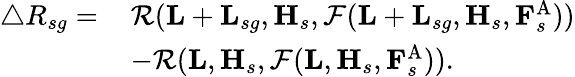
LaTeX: \begin{array}{rl}{\triangle R_{sg}=\, }&{\mathcal{R}(\mathbf{L}+\mathbf{L}_{sg},\mathbf{H}_{s},\mathcal{F}(\mathbf{L}+\mathbf{L}_{sg},\mathbf{H}_{s},\mathbf{F}_{s}^{\mathrm{A}}))}\\ &{-\mathcal{R}(\mathbf{L},\mathbf{H}_{s},\mathcal{F}(\mathbf{L},\mathbf{H}_{s},\mathbf{F}_{s}^{\mathrm{A}})).}\end{array}